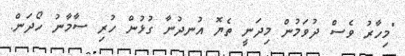
"މިހާރު ވެސް ދުވަމުން މިދަނީ ތެޔޮ އުނދުނާ ގުޅުން ހުރި ސާމާނު ހޯދަން.